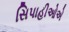
સિપાહીઓએ